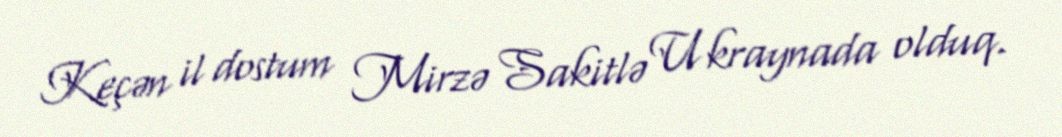
Keçən il dostum Mirzə Sakitlə Ukraynada olduq.